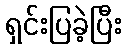
ရှင်းပြခဲ့ပြီး